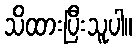
သိထားပြီးသူပါ။